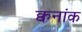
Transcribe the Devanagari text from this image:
क्वनांक